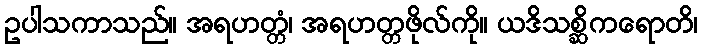
ဥပါသကာသည်။ အရဟတ္တံ၊ အရဟတ္တဖိုလ်ကို။ ယဒိသစ္ဆိကရောတိ၊